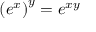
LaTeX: \left( e ^ { x } \right) ^ { y } = e ^ { x y }